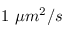
1 \, \, \mu m ^ { 2 } / s